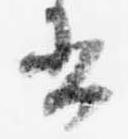
書